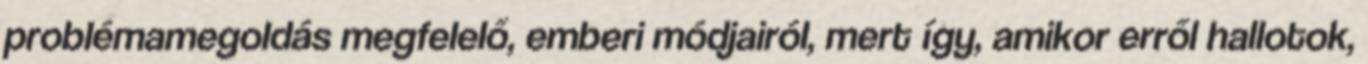
problémamegoldás megfelelő, emberi módjairól, mert így, amikor erről hallotok,